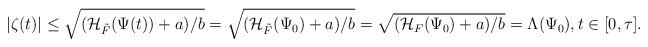
LaTeX: \begin{align*}|\zeta(t)|\le \sqrt{({\cal H}_{\tilde F}(\Psi(t))+a)/b}=\sqrt{({\cal H}_{\tilde F}(\Psi_0)+a)/b}=\sqrt{({\cal H}_{F}(\Psi_0)+a)/b}=\Lambda(\Psi_0),t\in [0,\tau].\end{align*}